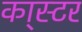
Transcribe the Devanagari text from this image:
का्स्‍टर